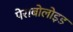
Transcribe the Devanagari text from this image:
पेराबोलोइड